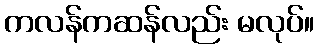
ကလန်ကဆန်လည်း မလုပ်။